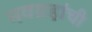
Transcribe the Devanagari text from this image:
नवग्रहांची